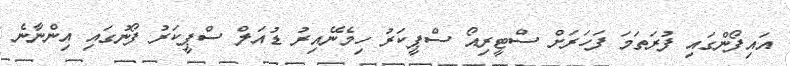
އައިފޯންގައި ފުރަތަމަ ފަހަރަށް ސްޓީރިއޯ ސްޕީކަރު ހިމެނޭއިރު ޑުއަލް ސްޕީކަރު ފޯނުގައި އިންނާނެ